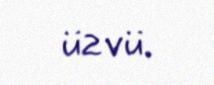
üzvü.